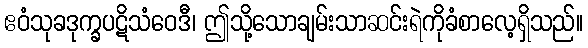
ဧဝံသုခဒုက္ခပဋိသံဝေဒီ၊ ဤသို့သောချမ်းသာဆင်းရဲကိုခံစာလေ့ရှိသည်။